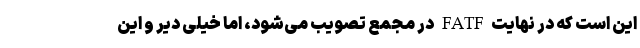
این است که در نهایت FATF در مجمع تصویب می‌شود، اما خیلی دیر و این